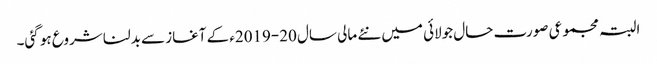
البتہ مجموعی صورت حال جولائی میں نئے مالی سال ‏2019-20ء‎ کے آغاز سے بدلنا شروع ہو گئی۔